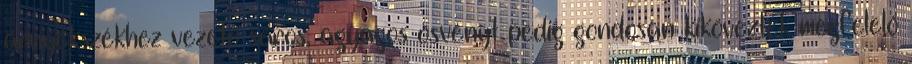
árnyékszékhez vezető sáros, agyagos ösvényt pedig gondosan kikövezték megfelelő